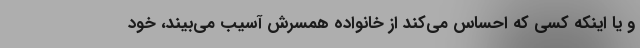
و یا اینکه کسی که احساس می‌کند از خانواده همسرش آسیب می‌بیند، خود